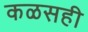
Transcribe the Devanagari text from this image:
कळसही